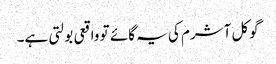
گوکل آشرم کی یہ گائے تو واقعی بولتی ہے۔